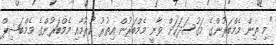
"މި ތިން މެމްބަރުންގެ މަގުސަދަކަށް ވާނީ މެމްބަރުން އިތުރު ކުރުމާއި މެމްބަރުންގެ މެމްބަޝިޕް